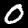
Digit: 0